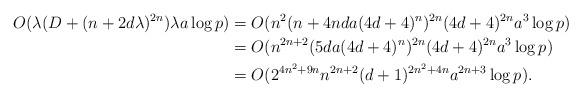
LaTeX: \begin{align*} O(\lambda (D + (n + 2d\lambda)^{2n})\lambda a \log p) & = O(n^2 (n + 4nda(4d+4)^n)^{2n} (4d+4)^{2n} a^3 \log p) \\ & = O(n^{2n+2} (5da(4d+4)^n)^{2n} (4d+4)^{2n} a^3 \log p) \\ & = O(2^{4n^2+9n} n^{2n+2} (d+1)^{2n^2+4n} a^{2n+3} \log p).\end{align*}